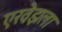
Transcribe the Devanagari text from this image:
एरवेझला